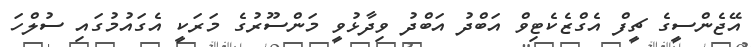
އޭޖެންސީގެ ޗީފް އެގްޒެކެޓިވް އަބްދު އަބްދު ވިދާޅުވީ މަންސޫރުގެ މަރަކީ އެގައުމުގައި ސުލްހަ